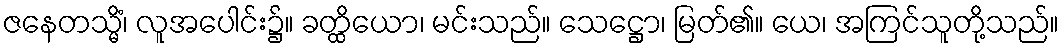
ဇနေတသ္မိံ၊ လူအပေါင်း၌။ ခတ္ထိယော၊ မင်းသည်။ သေဋ္ဌော၊ မြတ်၏။ ယေ၊ အကြင်သူတို့သည်။